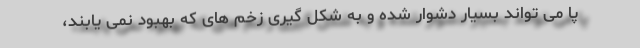
پا می تواند بسیار دشوار شده و به شکل گیری زخم های که بهبود نمی یابند،